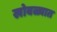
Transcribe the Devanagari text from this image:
खोबळ्यात